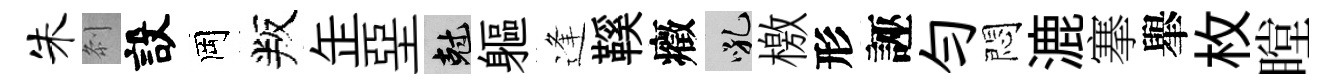
朱𠛴設岡叛𦈢堊剋軀逢鞵癥吼檄形誣勻悶漉搴𦦙枚瞠